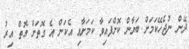
ދޭން ނުޖެހޭކަމަށް ބަޔާން ކޮށްފައިވާ ކަމަށާއި އެކަން އެ ގޮތަށް އޮތް އިރު